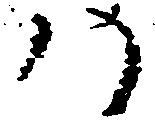
八